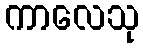
ကာလေသု